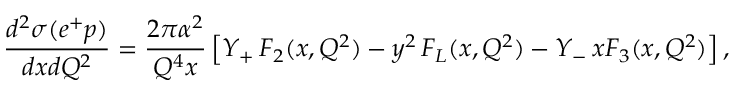
\frac { d ^ { 2 } \sigma ( e ^ { + } p ) } { d x d Q ^ { 2 } } = \frac { 2 \pi \alpha ^ { 2 } } { Q ^ { 4 } x } \left[ Y _ { + } \, F _ { 2 } ( x , Q ^ { 2 } ) - y ^ { 2 } \, F _ { L } ( x , Q ^ { 2 } ) - Y _ { - } \, x F _ { 3 } ( x , Q ^ { 2 } ) \right] ,